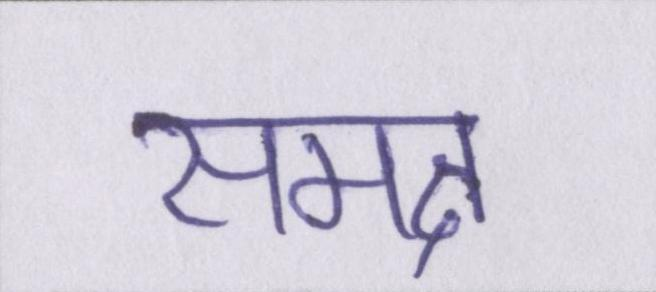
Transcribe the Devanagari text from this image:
समक्ष